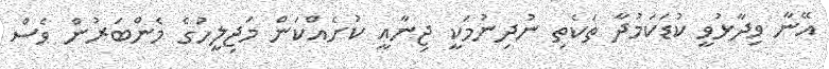
އޭނާ ވިދާޅުވީ ކުޑަކަމުދާ ތަކެތި ނުދިނުމަކީ ޖިނާއީ ކުށެއްކަން މަޖިލީހުގެ މެންބަރުން ވެސް